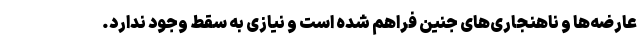
عارضه‌ها و ناهنجاری‌های جنین فراهم شده است و نیازی به سقط وجود ندارد.